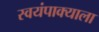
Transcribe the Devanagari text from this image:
स्वयंपाक्याला